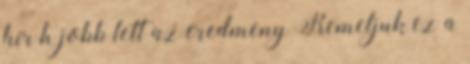
hír h jobb lett az eredmeny Remeljuk ez a